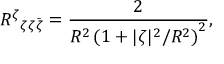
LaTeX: R ^ { \zeta } { } _ { \zeta \zeta \bar { \zeta } } = \frac { 2 } { R ^ { 2 } \left( 1 + { | \zeta | ^ { 2 } } / { R ^ { 2 } } \right) ^ { 2 } } ,